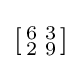
\left[{\begin{smallmatrix}6&3\\2&9\\\end{smallmatrix}}\right]